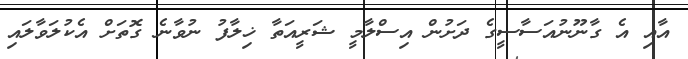
އާއި އެ ގާނޫނުއަސާސީގެ ދަށުން އިސްލާމީ ޝަރީއަތާ ޚިލާފު ނުވާނެ ގޮތަށް އެކުލަވާލައި